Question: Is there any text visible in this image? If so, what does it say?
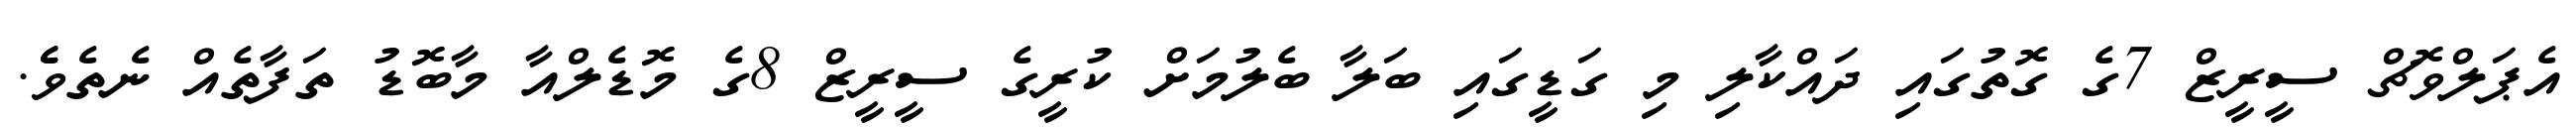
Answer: އެޕަލްވޮޗް ސީރީޒް 7ގެ ގޮތުގައި ދައްކާލި މި ގަޑީގައި ބަލާ ބެލުމަށް ކުރީގެ ސީރީޒް 8ގެ މޮޑެލްއާ މާބޮޑު ތަފާތެއް ނެތެވެެ.